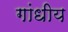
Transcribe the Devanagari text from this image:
गांधीय